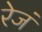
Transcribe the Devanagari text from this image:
रेजं